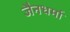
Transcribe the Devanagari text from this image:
जैनधर्मा